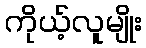
ကိုယ့်လူမျိုး